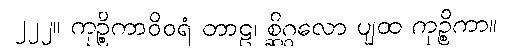
၂၂၂။ ကုဉ္စိကာဝိဝရံ တာဠ၊ စ္ဆိဂ္ဂလော ပျထ ကုဉ္စိကာ။